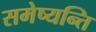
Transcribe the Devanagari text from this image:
समेष्यन्ति